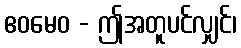
ဧဝမေဝ - ဤအတူပင်လျှင်၊